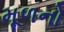
મૂળનો